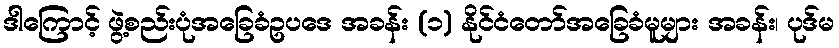
ဒါကြောင့် ဖွဲ့စည်းပုံအခြေခံဥပဒေ အခန်း (၁) နိုင်ငံတော်အခြေခံမူများ အခန်း၊ ပုဒ်မ